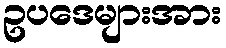
ဥပဒေများအား